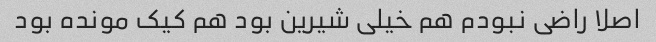
اصلا راضی نبودم هم خیلی شیرین بود هم کیک مونده بود